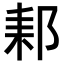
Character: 𨛙